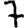
Digit: 7